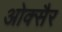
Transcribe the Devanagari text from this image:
ओक्सैर